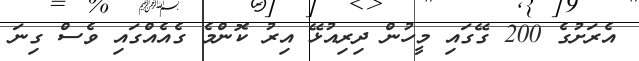
އެރަށުގެ 200 ގޭގައި މީހުން ދިރިއުޅޭ އިރު ކޮންމެ ގެއެއްގައި ވެސް ގިނަ